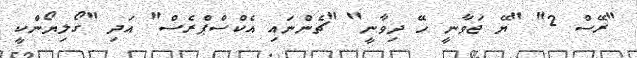
"ރޭސް 2" "ޔޭ ޖަވާނީ ހޭ ދިވާނީ" "ޗެންނައި އެކްސްޕްރެސް" އަދި "ގޯލިޔޯންކީ